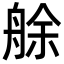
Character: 艅